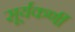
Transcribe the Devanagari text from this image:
सूर्यकर्णी